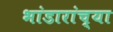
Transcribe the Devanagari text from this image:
भांडारांच्या